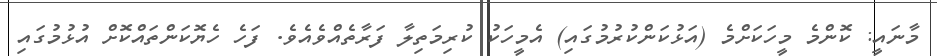
މާނައީ: ކޮންމެ މީހަކަށްމެ (އަޅުކަންކުރުމުގައި) އެމީހަކު ކުރިމަތިލާ ފަރާތެއްވެއެވެ. ފަހެ ހެޔޮކަންތައްކޮށް އުޅުމުގައި